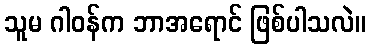
သူမ ဂါဝန်က ဘာအရောင် ဖြစ်ပါသလဲ။